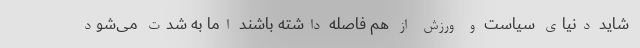
شاید دنیای سیاست و ورزش از هم فاصله داشته باشند اما به شدت می‌شود